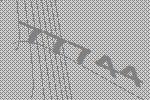
77744